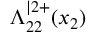
\Lambda _ { 2 2 } ^ { \vert 2 + } ( x _ { 2 } )